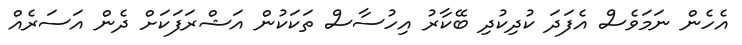
އެހެން ނަމަވެސް އެފަދަ ކުދިކުދި ބޭކާރު އިހުސާސް ތަކަކުން އަޝްރަފަކަށް ދެން އަސަރެއް